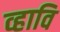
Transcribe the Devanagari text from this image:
व्हावि